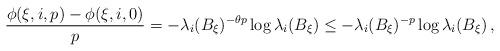
LaTeX: \begin{align*}{\frac{\phi(\xi,i,p)-\phi(\xi,i,0)}{p}}=-\lambda_i(B_\xi)^{-\theta p}\log\lambda_i(B_\xi)\le-\lambda_i(B_\xi)^{-p}\log\lambda_i(B_\xi) \,,\end{align*}